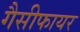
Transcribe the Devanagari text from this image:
गैसीफायर